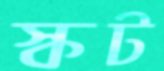
স্কট